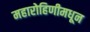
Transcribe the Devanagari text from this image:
महारोहिणीमधून